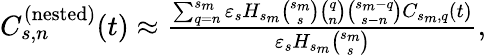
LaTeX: \begin{array}{ll}{C_{s,n}^{(\mathrm{nested})}(t)\approx\frac{\sum_{q=n}^{s_{m}}\varepsilon_{s}H_{s_{m}}{\binom{s_{m}}{s}}{\binom{q}{n}}{\binom{s_{m}-q}{s-n}}C_{s_{m},q}(t)}{\varepsilon_{s}H_{s_{m}}{\binom{s_{m}}{s}}},}\end{array}